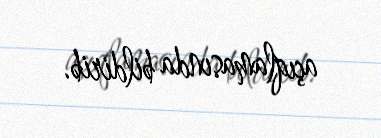
açıqlamasında bildirib.